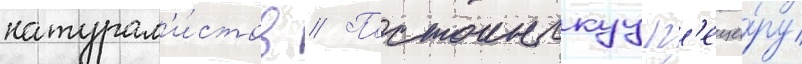
натурал'и́стов // Постоинскуу п'еще́ру